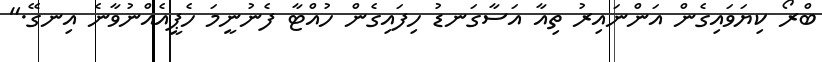
ބްރޯ ކިޔަވައިގެން އަންނައިރު ތިއާ އަސާގަނޑު ހިފައިގެން ހުއްޓާ ފެނުނީމަ ހެޕީއެއްނުވާނެ އިނގޭ."